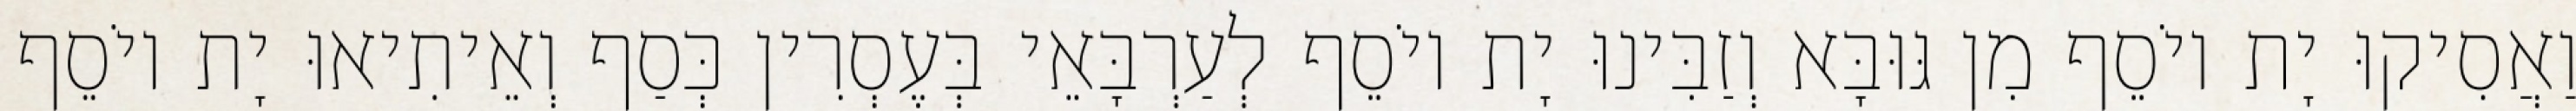
וַאֲסִיקוּ יָת יוֹסֵף מִן גּוּבָּא וְזַבִּינוּ יָת יוֹסֵף לְעַרְבָּאֵי בְּעֶסְרִין כְּסַף וְאֵיתִיאוּ יָת יוֹסֵף